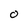
Character: O